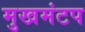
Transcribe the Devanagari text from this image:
मुखमंटप